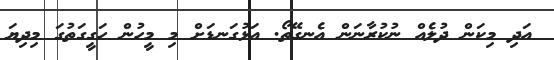
އަދި މިކަން ދުލެއް ނުކުރާނަން އެނގޭތޯ. އަޅުގަނޑަށް މި މީހުން ހަގީގަތުގަ މިދިޔަ